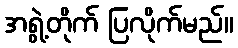
အရွဲ့တိုက် ပြလိုက်မည်။